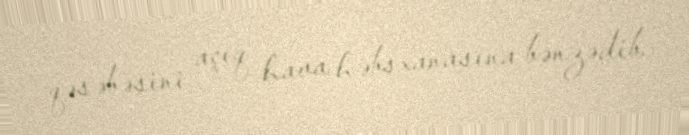
qəsəbəsini açıq hava həbsxanasına bənzədib.